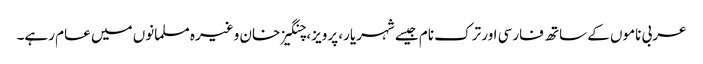
عربی ناموں کے ساتھ فارسی اور ترک نام جیسے شہریار، پرویز، چنگیز خان وغیرہ مسلمانوں میں عام رہے۔